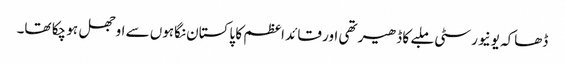
ڈھاکہ یونیورسٹی ملبے کا ڈھیر تھی اور قائد اعظم کا پاکستان نگاہوں سے اوجھل ہو چکا تھا۔